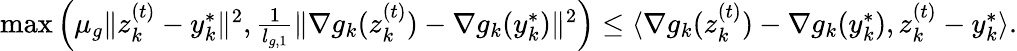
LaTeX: \begin{array}{r}{\operatorname*{max}\left(\mu_{g}\| z_{k}^{(t)}-y_{k}^{*}\| ^{2},\frac{1}{l_{g,1}}\| \nabla g_{k}(z_{k}^{(t)})-\nabla g_{k}(y_{k}^{*})\| ^{2}\right)\le\langle\nabla g_{k}(z_{k}^{(t)})-\nabla g_{k}(y_{k}^{*}),z_{k}^{(t)}-y_{k}^{*}\rangle.}\end{array}